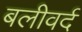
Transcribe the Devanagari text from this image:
बलीवर्द